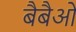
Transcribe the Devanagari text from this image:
बैबैओ